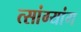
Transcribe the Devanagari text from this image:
त्सांग्यांग